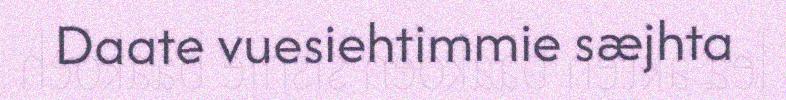
Daate vuesiehtimmie sæjhta